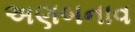
અણબનાવ